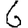
Digit: 6